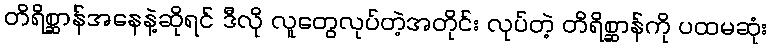
တိရိစ္ဆာန်အနေနဲ့ဆိုရင် ဒီလို လူတွေလုပ်တဲ့အတိုင်း လုပ်တဲ့ တိရိစ္ဆာန်ကို ပထမဆုံး